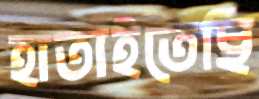
হাতাইতেছি